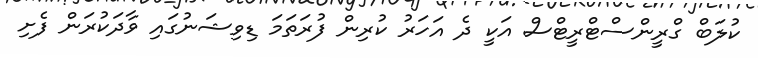
ކުލަބް ގްރީންސްޓްރީޓްސް އަކީ ދެ އަހަރު ކުރިން ފުރަތަމަ ޑިވިޝަނުގައި ވާދަކުރަން ފެށި